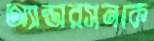
অ্যান্ডারসনকে